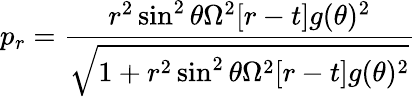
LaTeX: p_{r}=\frac{r^{2}\sin^{2}\theta\Omega^{2}[r-t]g(\theta)^{2}}{\sqrt{1+r^{2}\sin^{2}\theta\Omega^{2}[r-t]g(\theta)^{2}}}